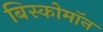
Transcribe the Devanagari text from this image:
बिस्कोमॉन